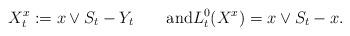
LaTeX: \begin{align*}X^x_t:=x\vee S_t-Y_t\qquad{\mbox{and}}L^0_t(X^x)=x\vee S_t-x.\end{align*}